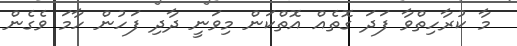
މާ ކުރާހިތްވާ ފަދަ ގޮތެއް އޮތްކަން މިވަނީ ދާދި ފަހުން ހާމަ ވެގެން